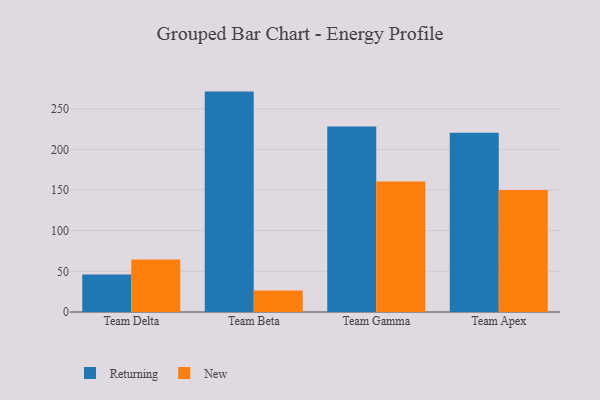
{"axis": {"x": "Team", "y": "Temperature (°C)"}, "legend": ["New", "Returning"], "data": [{"x": "Team Delta", "y": 46.2, "type": "Returning"}, {"x": "Team Delta", "y": 64.6, "type": "New"}, {"x": "Team Beta", "y": 271.1, "type": "Returning"}, {"x": "Team Beta", "y": 26.3, "type": "New"}, {"x": "Team Gamma", "y": 228.2, "type": "Returning"}, {"x": "Team Gamma", "y": 160.6, "type": "New"}, {"x": "Team Apex", "y": 220.6, "type": "Returning"}, {"x": "Team Apex", "y": 150.2, "type": "New"}]}